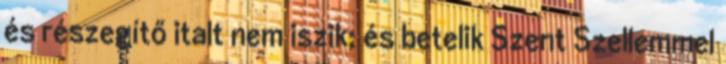
és részegítő italt nem iszik; és betelik Szent Szellemmel